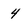
Character: 4